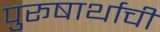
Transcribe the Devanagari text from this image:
पुरूषार्थाची